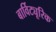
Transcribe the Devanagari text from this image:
बार्विट्यूरिक